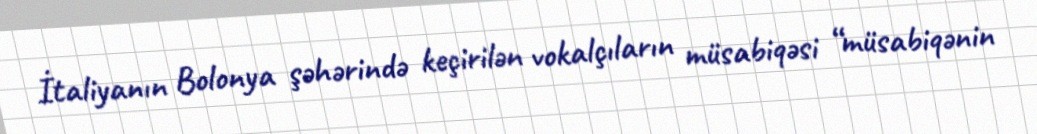
İtaliyanın Bolonya şəhərində keçirilən vokalçıların müsabiqəsi “müsabiqənin